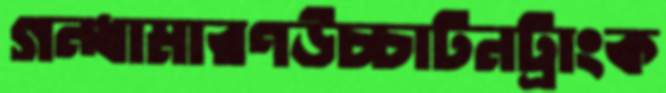
গন্ধামারণউচ্চাটনট্রাংক